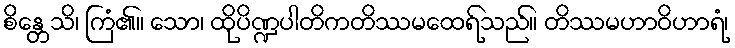
စိန္တေသိ၊ ကြံ၏။ သော၊ ထိုပိဏ္ဍပါတိကတိဿမထေရ်သည်။ တိဿမဟာဝိဟာရံ၊